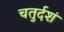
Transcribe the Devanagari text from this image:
चतुर्दशं